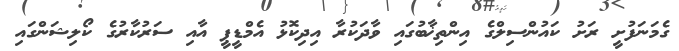
ގެމަނަފުށީ ރަށު ކައުންސިލްގެ އިންތިޚާބުގައި ވާދަކުރާ އިދިކޮޅު އެމްޑީޕީ އާއި ސަރުކާރުގެ ކޯލިޝަންގައި